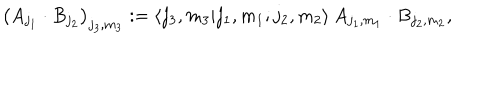
LaTeX: \big ( A _ { j _ { 1 } } \cdot B _ { j _ { 2 } } \big ) _ { j _ { 3 } , m _ { 3 } } : = \langle j _ { 3 } , m _ { 3 } | j _ { 1 } , m _ { 1 } ; j _ { 2 } , m _ { 2 } \rangle \: A _ { j _ { 1 } , m _ { 1 } } \cdot B _ { j _ { 2 } , m _ { 2 } } ,